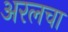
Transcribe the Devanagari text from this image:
अरलचा